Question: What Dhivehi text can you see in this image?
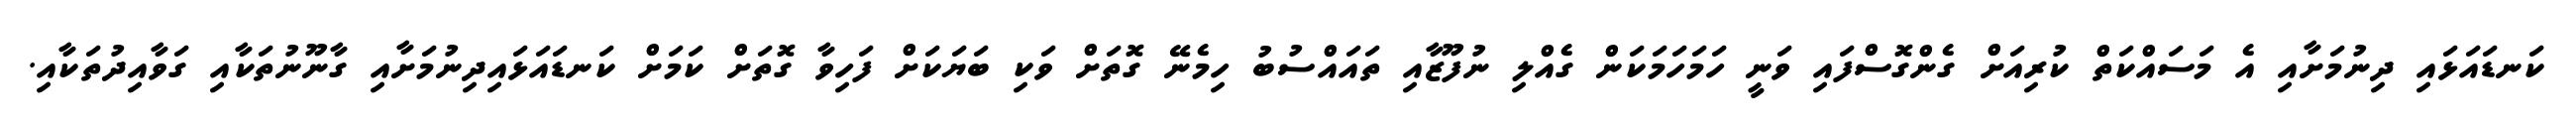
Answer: ކަނޑައަޅައި ދިނުމަށާއި އެ މަސައްކަތް ކުރިއަށް ގެންގޮސްފައި ވަނީ ހަމަހަމަކަން ގެއްލި ނުފޫޒާއި ތައައްސުބު ހިމެނޭ ގޮތަށް ވަކި ބަޔަކަށް ފަހިވާ ގޮތަށް ކަމަށް ކަނޑައަޅައިދިނުމަށާއި ގާނޫނުތަކާއި ގަވާއިދުތަކާއި.